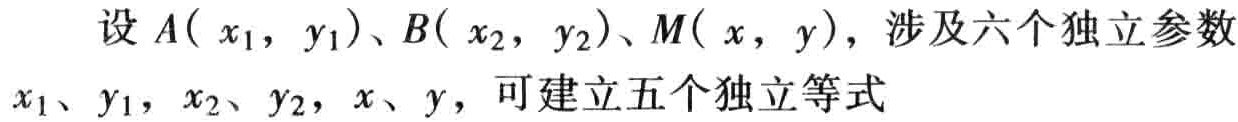
设 \(A( x_{1},y_{1})\)、\(B( x_{2},y_{2})\)、\(M( x,y)\)，涉及六个独立参数 \(x_{1}\)、\(y_{1}\)，\(x_{2}\)、\(y_{2}\)，\(x\)、\(y\)，可建立五个独立等式